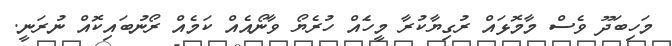
މަހިބަދޫ ވެސް މާމޮޅައް ރުގިޔާކުރާ މީހެައް ހުރެޔޯ ވާނޯއެއް ކަމެއް ރޯނުބައިކޮައް ނުރަނީ.